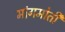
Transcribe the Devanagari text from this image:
मांगमोती